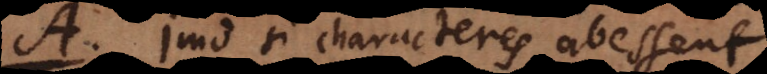
A. Imo si characteres abessent